Vaccine operations Central Provinces 1886-1899 - 1886-1899
Year: 1886
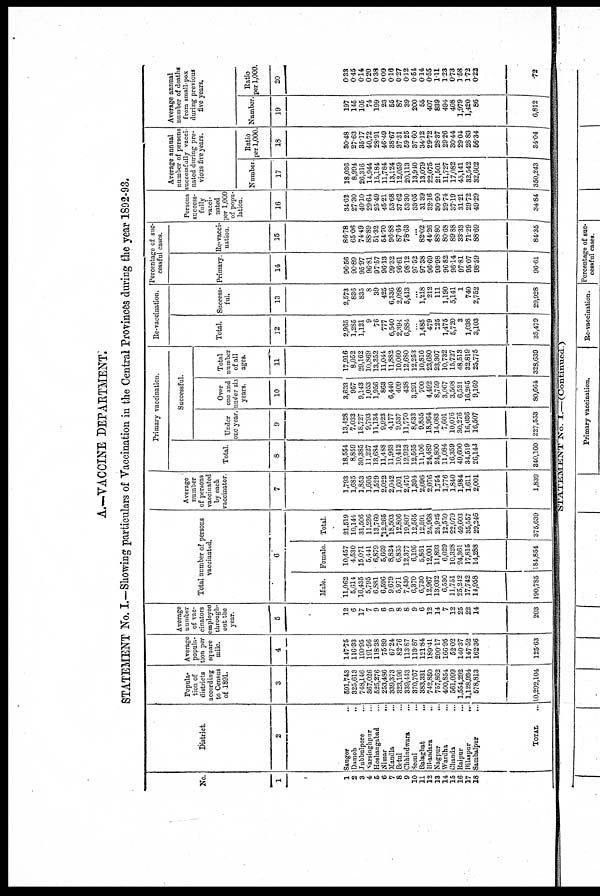
A.—VACCINE DEPARTMENT.
STATEMENT No. I.—Showing particulars of Vaccination in the Central Provinces during the year 1892-93.
No.
1
1
2
3
4
5
6
7
8
9
10
11
12
13
14
15
16
17
18
District.
2
Saugor ...
Damoh
...
Jubbulpore ...
Narsinghpur ...
Hoshangabad ...
Nimar
...
Mandla ...
Betul ...
Chhindwara ...
Seoni
...
Balaghat
...
Bhandara
...
Nagpur ...
Wardha ...
Chanda ...
Raipur
...
Bilaspur
...
Sambalpur
...
TOTAL ...
Popula-
tion of
districts
according
to Census
of 1891.
3
591,743
325,613
748,146
367,026
525,276
253,486
339,373
323,196
339,443
370,767
383,331
742,850
757,862
400,854
561,099
1,554,292
1,128,934
578,813
10,292,104
Average
popula-
tion per
square
mile.
4
147.75
116.33
190.95
191.56
118.38
75.89
67.24
82.76
113.87
113.87
121.84
189.41
200.17
166.95
52.02
140.37
147.52
162.36
125.63
Average
number
of vac-
cinators
employed
through-
out the
year.
5
12
6
17
7
9
6
9
8
8
9
6
12
14
7
12
25
22
14
203
Total number of persons
vaccinated.
6
Male.
11,062
5,614
16,435
5,795
6,881
6,596
9,679
5,971
7,430
6,370
6,730
12,967
13,032
6,530
11,751
25,242
17,742
14,958
190,785
Female.
10,457
4,530
15,071
5,441
6,879
5,669
8,824
6,835
12,377
6,195
5,861
12,001
11,893
6,029
10,328
24,361
17,815
14,288
184,854
Total.
21,519
10,144
31,506
11,236
13,760
12,265
18,503
12,806
19,807
12,565
12,591
24,968
24,925
12,559
22,079
49,603
35,557
29,246
375,639
Average
number
of persons
vaccinated
by each
vaccinator.
7
1,793
1,685
1,853
1,605
1,529
2,022
2,042
1,601
2,476
1,394
2,096
2,076
1,754
1,776
1,840
1,984
1,611
2,001
1,839
Primary vaccination.
Total.
8
18,554
8,859
30,385
11,227
13,684
11,488
11,963
10,412
12,923
12,565
11,106
24,489
24,800
11,084
16,359
49,600
34,519
26,143
340,160
Successful.
Under
one year.
9
13,428
7,033
18,727
9,793
11,134
9,923
4,177
9,537
11,770
8,633
9,855
18,964
14,083
7,601
10,076
30,276
16,036
16,507
227,553
Over
one and
under six
years.
10
3,633
957
9,143
1,053
1,956
863
6,440
409
438
3,291
700
4,492
8,759
3,067
3,508
6,521
16,265
9,169
80,664
Total
number
of all
ages.
11
17,916
8,052
29,162
10,869
13,352
11,044
11,882
10,060
12,680
12,253
10,816
23,680
23,307
10,732
15,727
48,513
32,819
25,775
328,639
Re-vaccination.
Total.
12
2,965
1,285
1,121
9
76
777
6,540
2,394
6,884
...
1,485
479
125
1,475
5,720
3
1,038
3,103
35,479
Success-
ful.
13
2,573
836
835
8
39
425
6,336
2,098
5,413
...
1,218
212
111
1,190
5,141
1
740
2,752
29,928
Percentage of suc-
cessful cases.
Primary.
14
96.56
90.89
95.97
96.81
97.57
96.13
99.32
96.61
98.12
97.52
97.38
96.69
93.98
96.82
96.14
97.81
95.07
98.59
96.61
Re-vacci-
nation.
15
86.78
65.06
74.49
88.89
51.32
54.70
96.88
87.64
78.63
...
82.02
44.26
88.80
80.68
89.88
33.33
71.29
88.69
84.35
Persons
success-
fully
vacci-
nated
per 1,000
of popu-
lation.
16
34.62
27.30
40.10
29.64
25.49
45.21
53.68
37.62
53.30
33.05
31.39
32.16
30.90
29.74
37.19
31.21
29.72
49.29
34.84
Average annual
number of persons
successfully vacci-
nated during pre-
vious five years.
Number
17
18,036
8,994
26,316
14,944
15,184
11,784
13,124
12,059
20,113
13,940
13,079
22,075
21,501
11,727
17,082
45,141
32,542
32,602
350,243
Ratio
per 1,000.
18
30.48
27.63
35.17
40.72
28.91
46.49
38.67
37.31
59.25
37.60
34.12
29.72
28.37
29.26
30.44
29.04
28.83
56.34
34.04
Average annual
number of deaths
from small-pox
during previous
five years.
Number.
19
197
145
105
74
199
23
55
87
39
200
55
407
839
494
408
1,979
1,420
86
6,812
Ratio
per 1,000.
20
0.33
0.45
0.14
0.20
0.38
0.09
0.16
0.27
0.12
0.54
0.14
0.55
1.11
1.23
0.73
1.58
1.72
0.22
.72